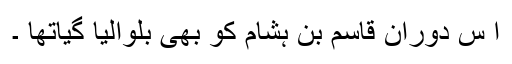
ا س دوران قاسم بن ہشام کو بھی بلوالیا گیاتھا ۔